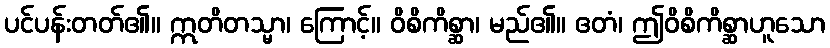
ပင်ပန်းတတ်၏။ ဣတိတသ္မာ၊ ကြောင့်။ ဝိစိကိစ္ဆာ၊ မည်၏။ ဧတံ၊ ဤဝိစိကိစ္ဆာဟူသော